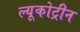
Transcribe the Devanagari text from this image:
ल्यूकोट्रीन